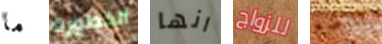
ما الخطورة انها للزواج للوضع